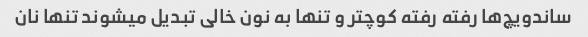
ساندویچ‌ها رفته رفته کوچتر و تنها به نون خالی تبدیل میشوند تنها نان